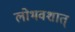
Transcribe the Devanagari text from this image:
लोभवशात्